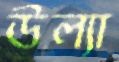
উল্যা